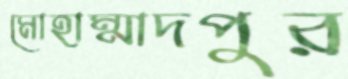
মোহাম্মাদপুর